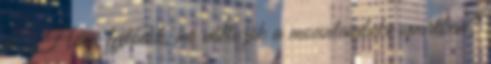
a . Hová fejlődik, mi változik a mountainbike sportban?